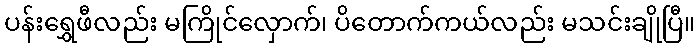
ပန်းရွှေဖီလည်း မကြိုင်လှောက်၊ ပိတောက်ကယ်လည်း မသင်းချိုပြီ။